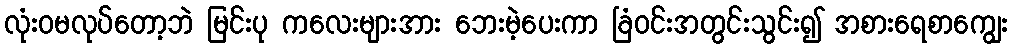
လုံးဝမလုပ်တော့ဘဲ မြင်းပု ကလေးများအား ဘေးမဲ့ပေးကာ ခြံဝင်းအတွင်းသွင်း၍ အစားရေစာကျွေး